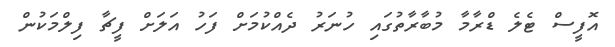
އޮފީސް ޓެލެ ޑްރާމާ މުބާރާތުގައި ހުނަރު ދެއްކުމަށް ފަހު އަލަށް ފީޗާ ފިލްމަކުން